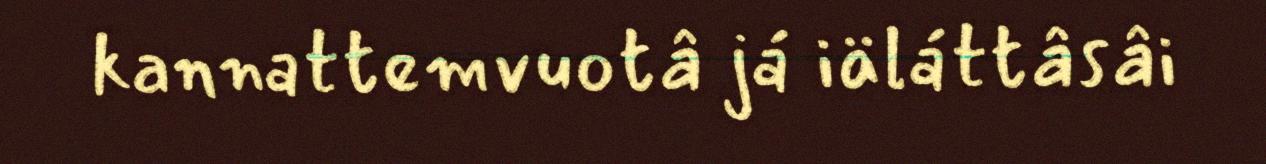
kannattemvuotâ já iäláttâsâi